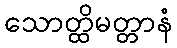
သောတ္ထိမတ္တာနံ